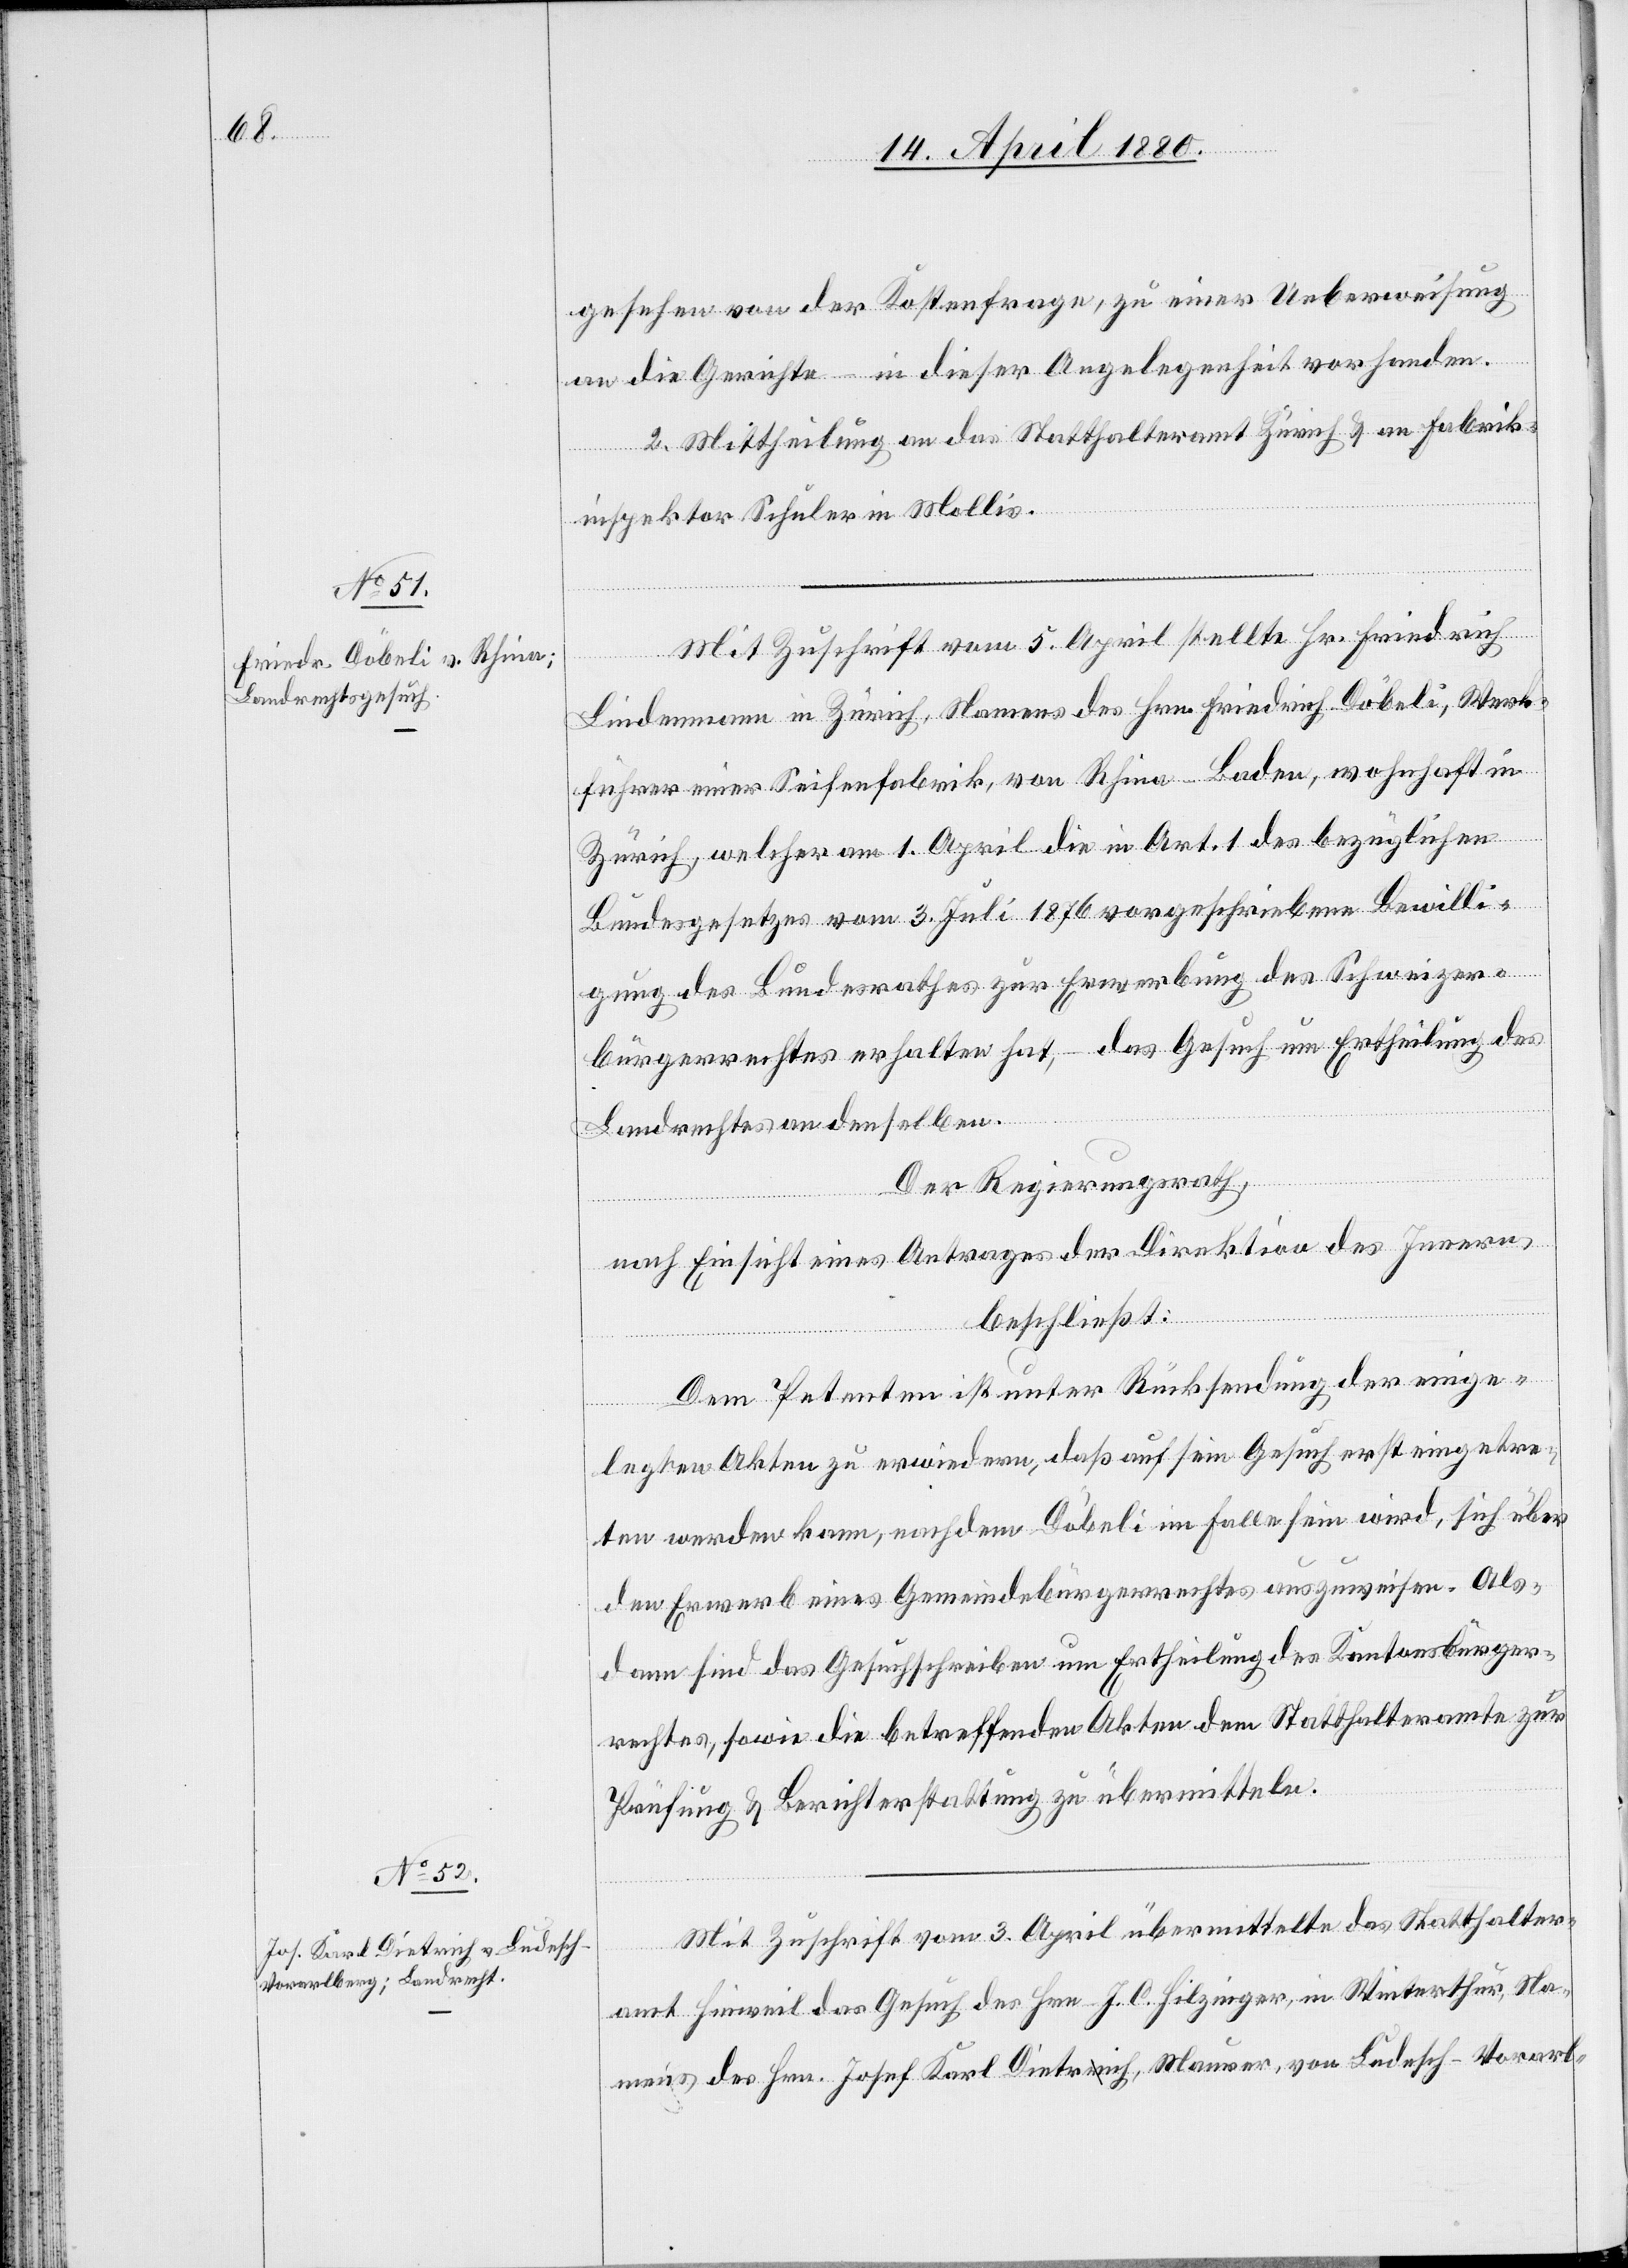
gesehen von der Kostenfrage, zu einer Ueberweisung
an die Gerichte – in dieser Angelegenheit vorhanden.
2. Mittheilung an das Statthalteramt Zürich & an Fabrik¬
inspektor Schuler in Mollis.
Mit Zuschrift vom 5. April stellte Hr. Friedrich
Lindemann in Zürich, Namens des Hrn. Friedrich Döbeli, Werk¬
führer einer Seifenfabrik, von Rhina - Baden, wohnhaft in
Zürich, welcher am 1. April die in Art. 1 des bezüglichen
Bundesgesetzes vom 3. Juli 1876 vorgeschrieben Bewilli¬
gung des Bundesrathes zur Erwerbung des Schweizer¬
bürgerrechtes erhalten hat, – das Gesuch um Ertheilung des
Landrechtes an denselben.
Der Regierungsrath,
nach Einsicht eines Antrages der Direktion des Innern,
beschließt:
Dem Petenten ist unter Rücksendung der einge¬
legten Akten zu erwiedern, daß auf sein Gesuch erst eingetre¬
ten werden kann, nachdem Döbeli im Falle sein wird, sich über
den Erwerb eines Gemeindebürgerrechtes auszuweisen. Als¬
dann sind das Gesuchschreiben um Ertheilung des Kantonsbürger¬
rechtes, sowie die betreffenden Akten dem Statthalteramte zur
Prüfung & Berichterstattung zu übermitteln.
Mit Zuschrift vom 3. April übermittelte das Statthalter¬
amt Hinweil das Gesuch des Hrn. J. C. Hilzinger, in Winterthur, Na¬
mens des Hrn. Josef Karl Dietrich, Maurer, von Lindesch - Vorarl-